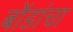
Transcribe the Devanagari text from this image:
बोंडांचा